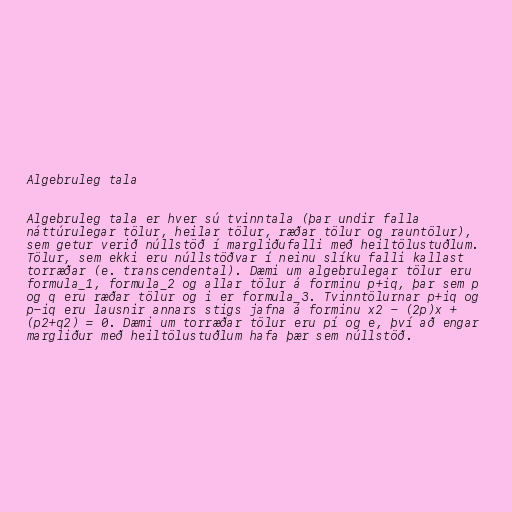
Algebruleg tala

Algebruleg tala er hver sú tvinntala (þar undir falla
náttúrulegar tölur, heilar tölur, ræðar tölur og rauntölur),
sem getur verið núllstöð í margliðufalli með heiltölustuðlum.
Tölur, sem ekki eru núllstöðvar í neinu slíku falli kallast
torræðar (e. transcendental). Dæmi um algebrulegar tölur eru
formula_1, formula_2 og allar tölur á forminu p+iq, þar sem p
og q eru ræðar tölur og i er formula_3. Tvinntölurnar p+iq og
p-iq eru lausnir annars stigs jafna á forminu x2 - (2p)x +
(p2+q2) = 0. Dæmi um torræðar tölur eru pí og e, því að engar
margliður með heiltölustuðlum hafa þær sem núllstöð.